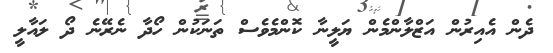
ދެން އެއިރުން އަޒްލާންމެން ޔަލީނާ ކޮންމެވެސް ތަނަކުން ހޯދާ ނެރޭނެ ދޯ ލައާލީ